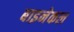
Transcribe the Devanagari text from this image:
बाइनेकल